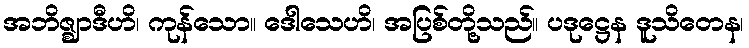
အဘိဇ္ဈာဒီဟိ၊ ကုန်သော။ ဒေါသေဟိ၊ အပြစ်တို့သည်။ ပဒုဋ္ဌေန ဒူသိတေန၊